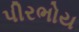
પીરભોય